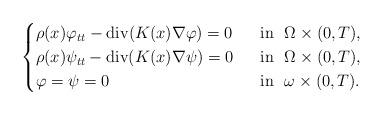
LaTeX: \begin{align*} \begin{cases} \rho(x) \varphi_{tt} - \operatorname{div}(K(x) \nabla \varphi) =0 &~\hbox{ in }~ \Omega \times (0,T), \\ \rho(x) \psi_{tt} - \operatorname{div}(K(x) \nabla \psi) =0 &~\hbox{ in }~ \Omega\times (0,T), \\ \varphi=\psi=0 &~\hbox{ in }~ \omega\times(0,T). \end{cases} \end{align*}